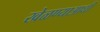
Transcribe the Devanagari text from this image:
खेळण्याआधी